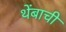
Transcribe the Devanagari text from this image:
थेंबाची